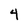
Character: 4